Leaving Certificate Examination, 1920
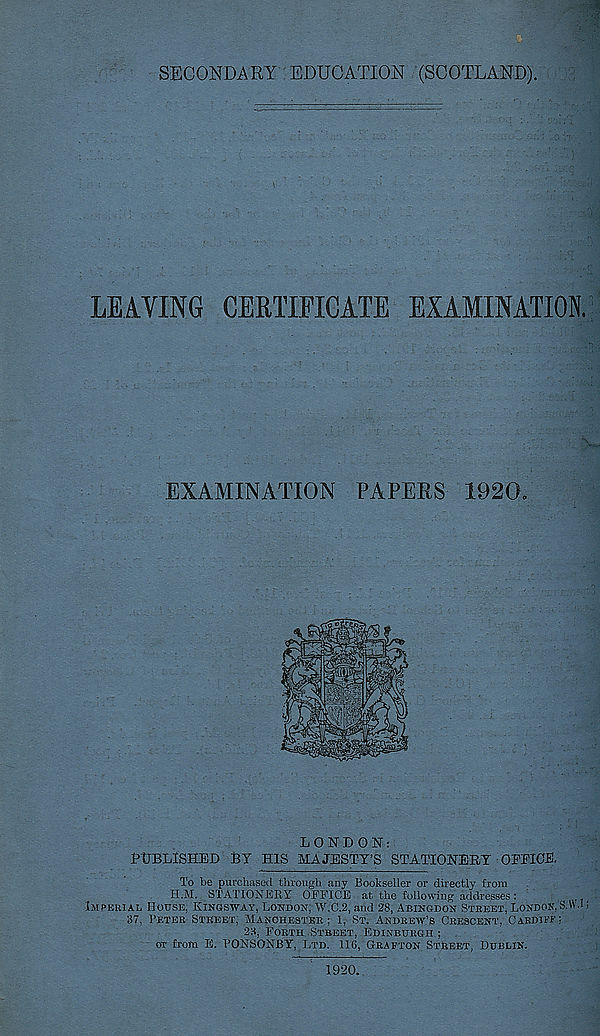
SECONDARY EDUCATION (SCOTLAND).
LEAVING CERTIFICATE EXAMINATION.
EXAMINATION PAPERS 1920.
LONDON:
PUBLISHED BY HIS MAJESTY’S STATIONERY OEEICE.
To be purchased through any Bookseller or directly from
H.M. STATIONERY OFT' ICE at the following addresses:
t)
Imperial House, Kingsway, London, W.C.2, and 28, Abingdon Street, London,S.AV.l;
37, Peter Street, Manchester; 1, St. Andrew’s Crescent. Cardiff;
23, Forth Street, Edinburgh ;
or from E. PONSONBY, Ltd. 116, Grafton Street, Dublin.
1920.